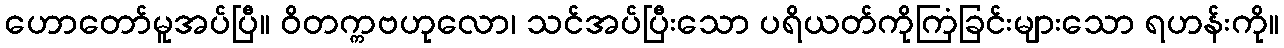
ဟောတော်မူအပ်ပြီ။ ဝိတက္ကဗဟုလော၊ သင်အပ်ပြီးသော ပရိယတ်ကိုကြံခြင်းများသော ရဟန်းကို။